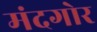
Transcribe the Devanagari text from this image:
मंदगोर